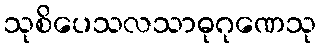
သုစိပေသလသာဓုဂုဏေသု